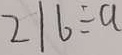
2 1 6 \div a